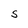
Character: S